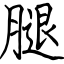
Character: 腿